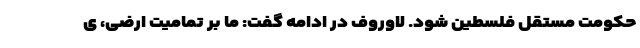
حکومت مستقل فلسطین شود. لاوروف در ادامه گفت: ما بر تمامیت ارضی، ی